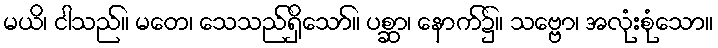
မယိ၊ ငါသည်။ မတေ၊ သေသည်ရှိသော်။ ပစ္ဆာ၊ နောက်၌။ သဗ္ဗော၊ အလုံးစုံသော။